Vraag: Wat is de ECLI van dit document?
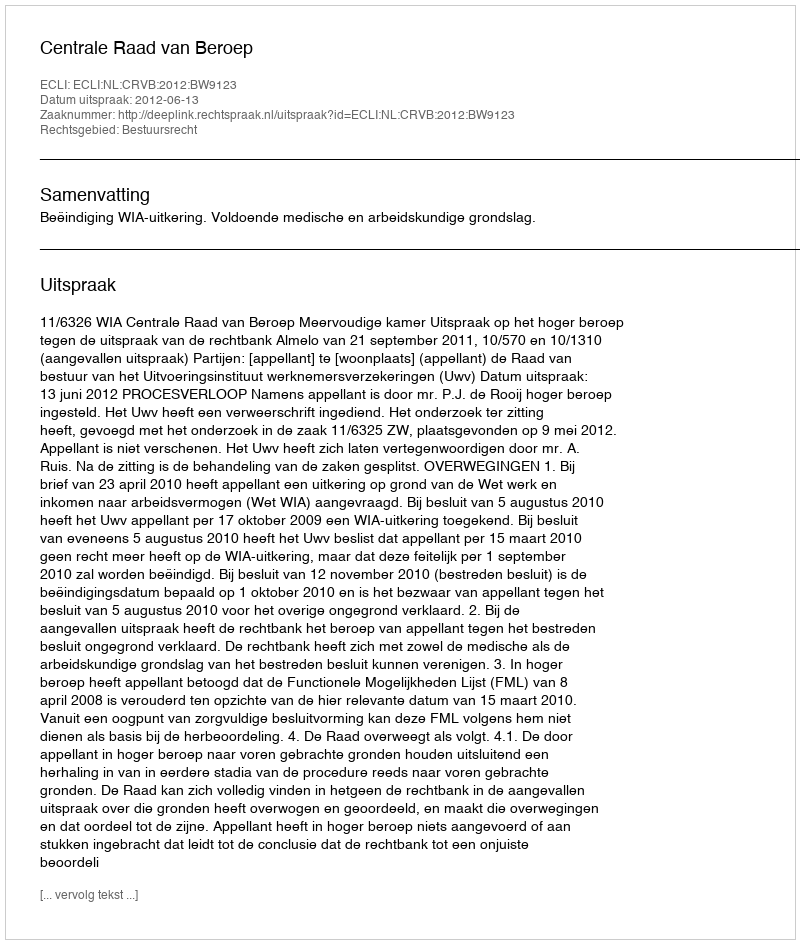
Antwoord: ECLI:NL:CRVB:2012:BW9123